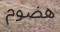
ھضوم